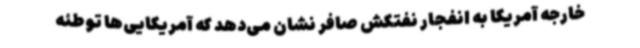
خارجه آمریکا به انفجار نفتکش صافر نشان می‌دهد که آمریکایی‌ها توطئه